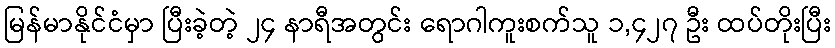
မြန်မာနိုင်ငံမှာ ပြီးခဲ့တဲ့ ၂၄ နာရီအတွင်း ရောဂါကူးစက်သူ ၁,၄၂၇ ဦး ထပ်တိုးပြီး